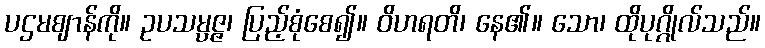
ပဌမဈာန်ကို။ ဥပသမ္ပဇ္ဇ၊ ပြည့်စုံစေ၍။ ဝိဟရတိ၊ နေ၏။ သော၊ ထိုပုဂ္ဂိုလ်သည်။